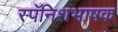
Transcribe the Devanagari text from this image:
स्पॅनिशभाषक